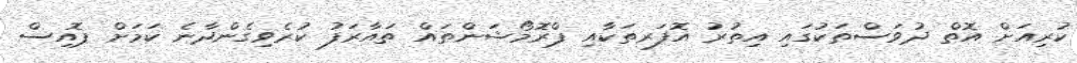
ކުރިއަށް އޮތް ދުވަސްތަކުގައި އިތުރު އޮފަރތަކާއި ޕްރޮމޯޝަންތައް ތައާރަފު ކުރެވިގެންދާނެ ކަމަށް ޕޮއިސް